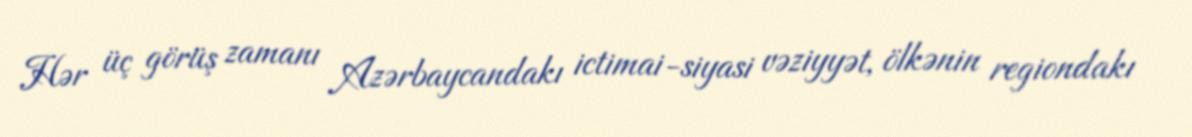
Hər üç görüş zamanı Azərbaycandakı ictimai-siyasi vəziyyət, ölkənin regiondakı